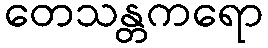
တေသန္တကရော